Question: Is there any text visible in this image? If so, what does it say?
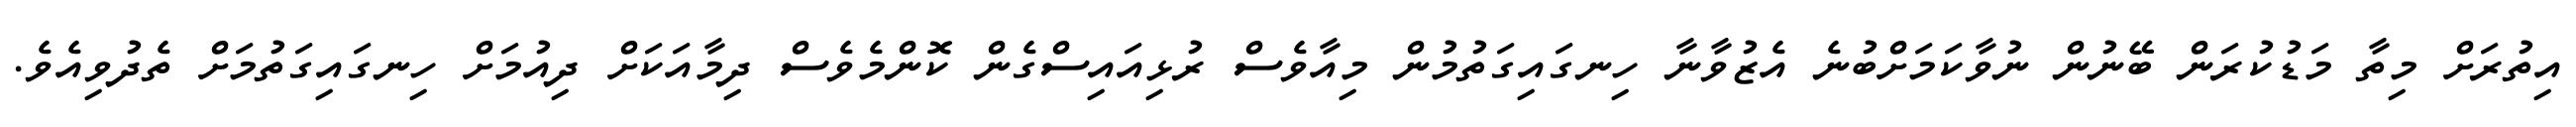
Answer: އިތުރަށް މިތާ މަޑުކުރަން ބޭނުން ނުވާކަމަށްބުނެ އެޒުވާނާ ހިނގައިގަތުމުން މިއާވެސް ރުޅިއައިސްގެން ކޮންމެވެސް ދިމާއަކަށް ދިއުމަށް ހިނގައިގަތުމަށް ތެދުވިއެވެ.